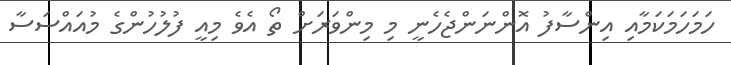
ހަމަހަމަކަމާއި އިންސާފު އޮންނަންޖެހެނީ މި މިންވަރަށް ތޯ އެވެ މިއީ ފުލުހުންގެ މުއައްސަސާ